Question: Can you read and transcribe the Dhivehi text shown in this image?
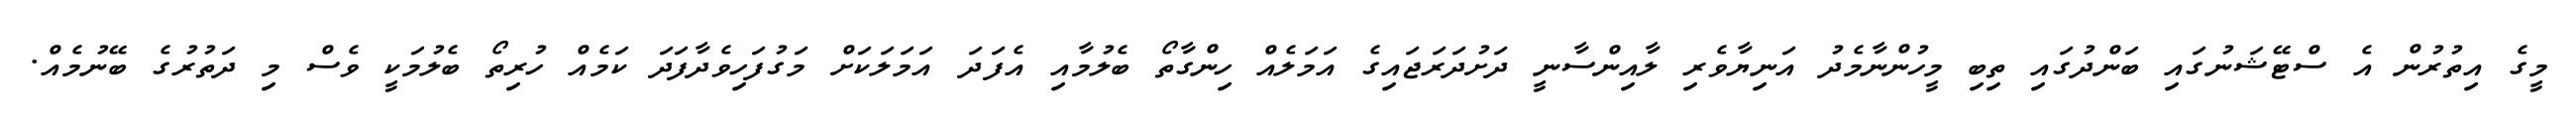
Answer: މީގެ އިތުރުން އެ ސްޓޭޝަނުގައި ބަންދުގައި ތިބި މީހުންނާމެދު އަނިޔާވެރި ލާއިންސާނީ ދަށުދަރަޖައިގެ އަމަލެއް ހިންގާތޯ ބެލުމާއި އެފަދަ އަމަލަކަށް މަގުފަހިވެދާފަދަ ކަމެއް ހުރިތޯ ބެލުމަކީ ވެސް މި ދަތުރުގެ ބޭނުމެއް.